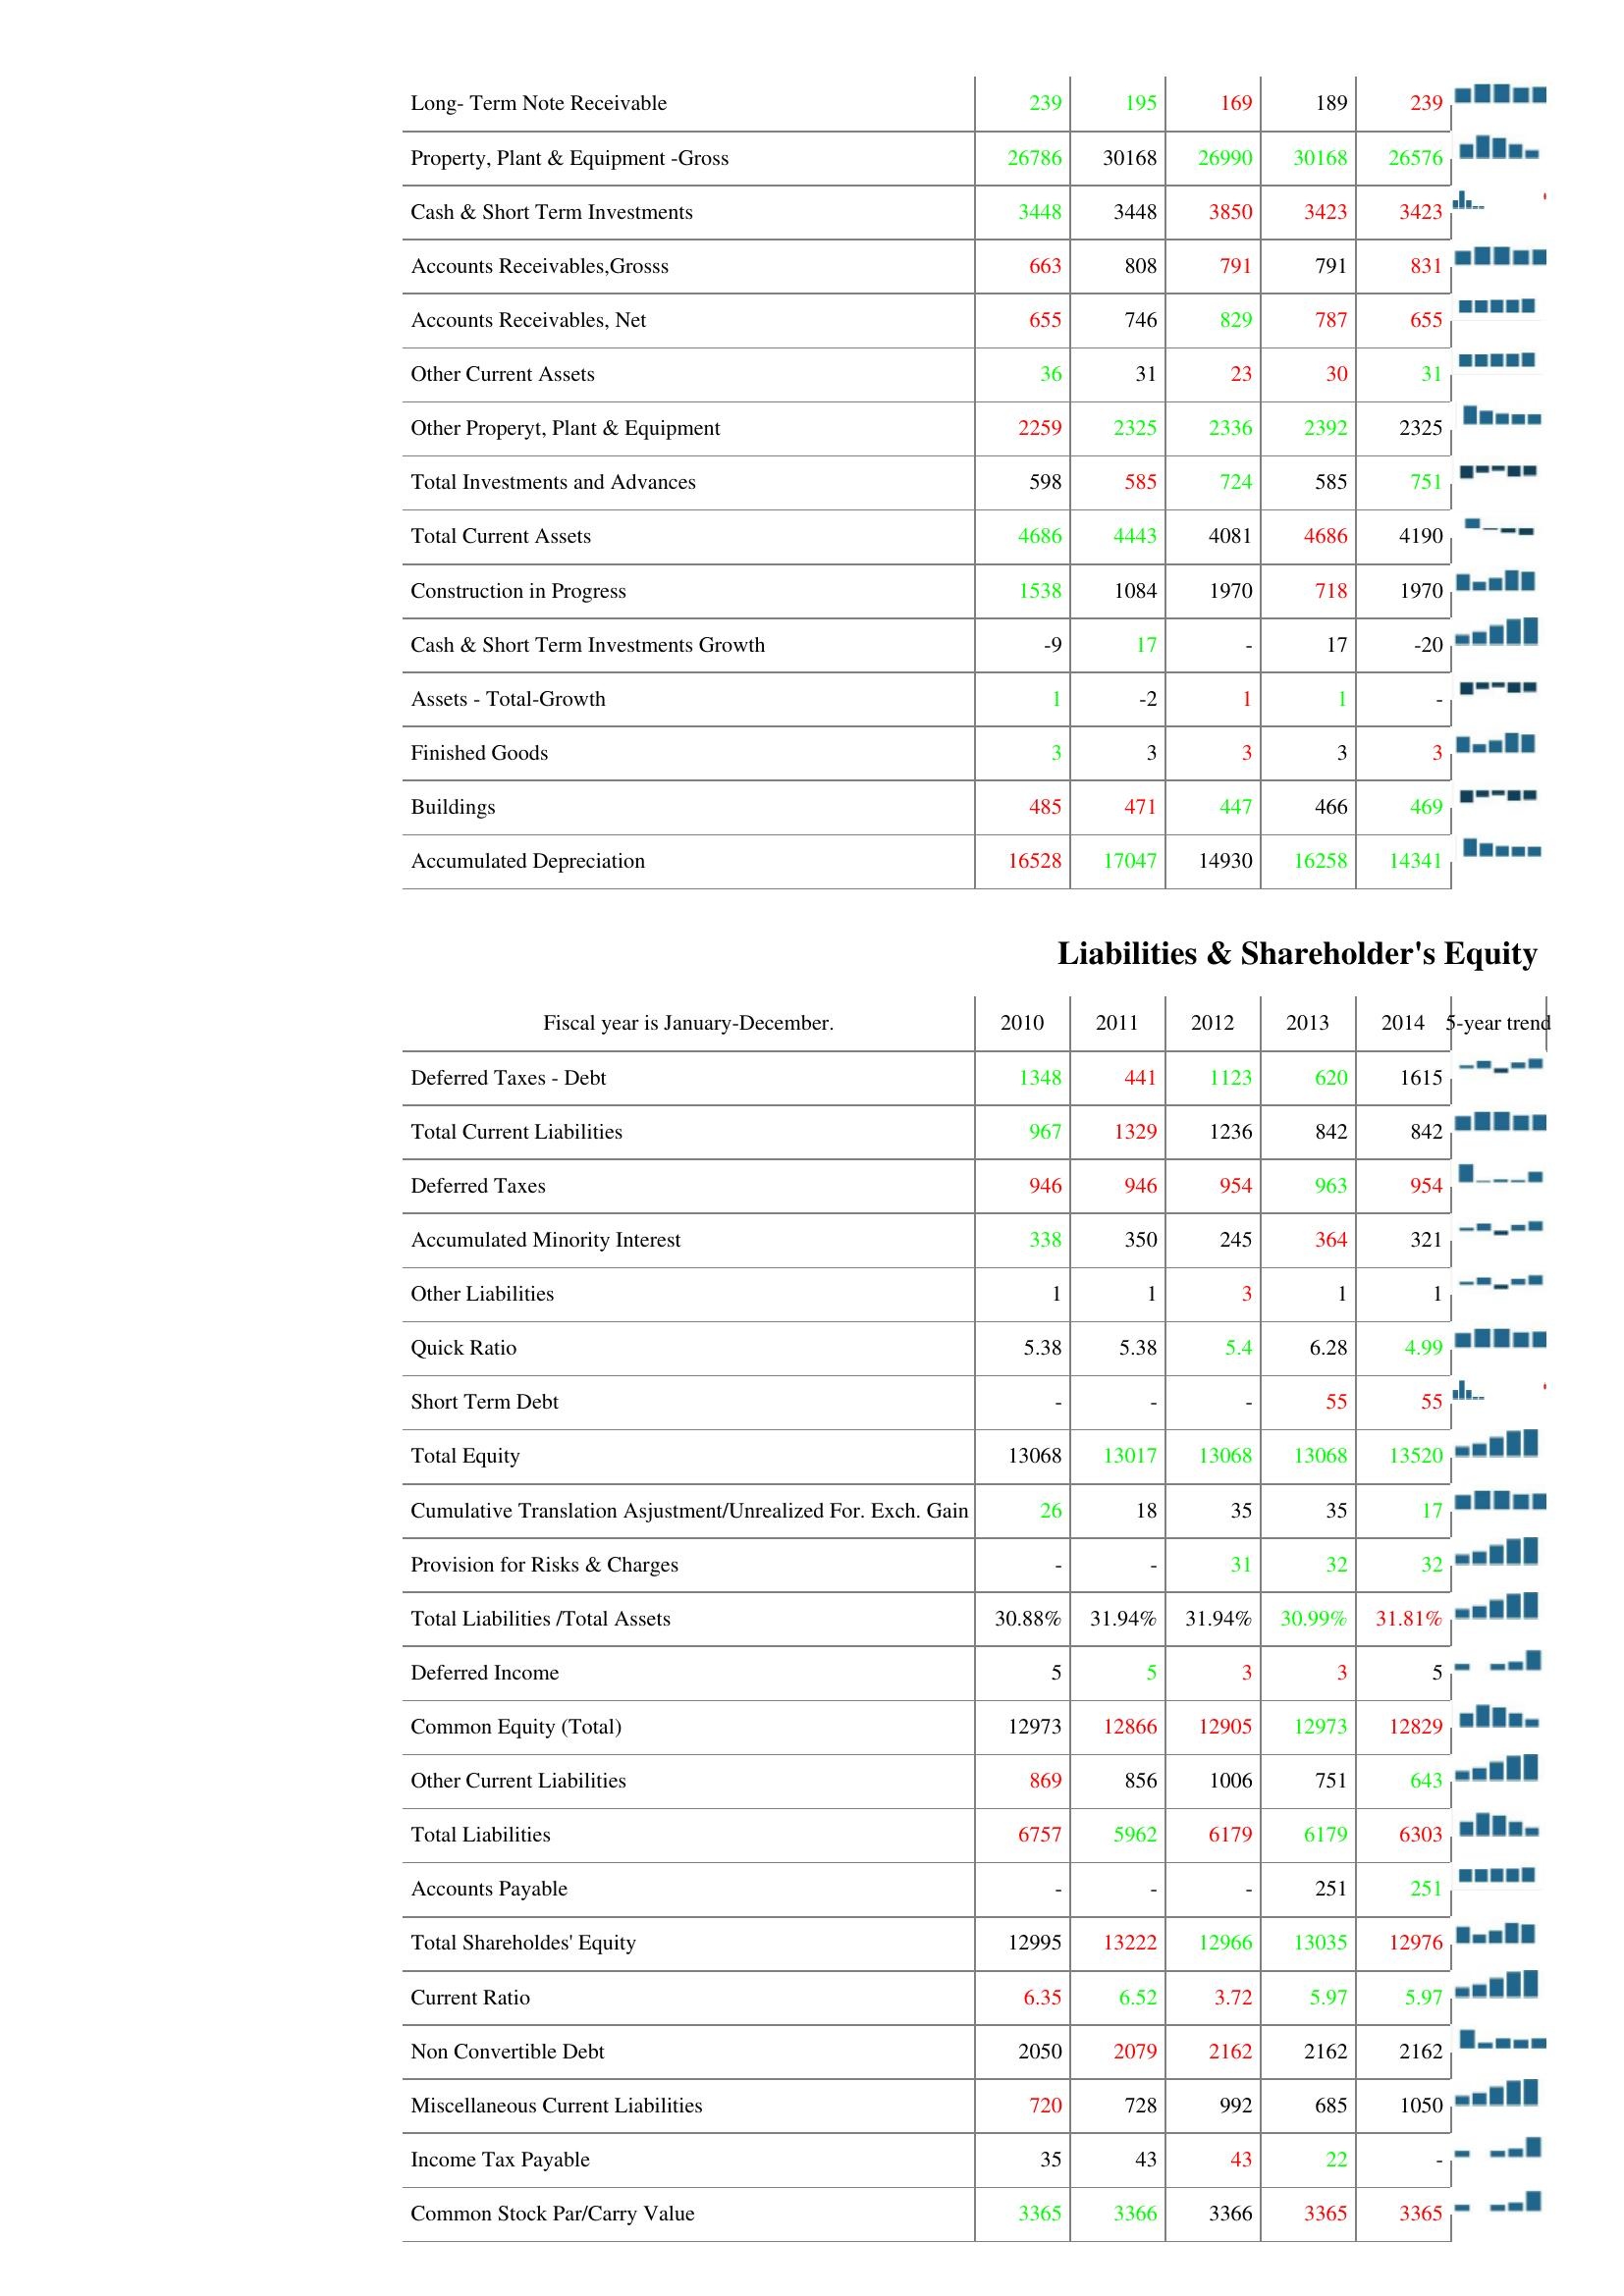
2010: Assets: Long- Term Note Receivable: 239
Property, Plant & Equipment -Gross: 26786
Cash & Short Term Investments: 3448
Accounts Receivables,Grosss: 663
Accounts Receivables, Net: 655
Other Current Assets: 36
Other Properyt, Plant & Equipment: 2259
Total Investments and Advances: 598
Total Current Assets: 4686
Construction in Progress: 1538
Cash & Short Term Investments Growth: -9
Assets - Total-Growth: 1
Finished Goods: 3
Buildings: 485
Accumulated Depreciation: 16528
Liabilities & Shareholder's Equity: Deferred Taxes - Debt: 1348
Total Current Liabilities: 967
Deferred Taxes: 946
Accumulated Minority Interest: 338
Other Liabilities: 1
Quick Ratio: 5.38
Short Term Debt: -
Total Equity: 13068
Cumulative Translation Asjustment/Unrealized For. Exch. Gain: 26
Provision for Risks & Charges: -
Total Liabilities /Total Assets: 30.88%
Deferred Income: 5
Common Equity (Total): 12973
Other Current Liabilities: 869
Total Liabilities: 6757
Accounts Payable: -
Total Shareholdes' Equity: 12995
Current Ratio: 6.35
Non Convertible Debt: 2050
Miscellaneous Current Liabilities: 720
Income Tax Payable: 35
Common Stock Par/Carry Value: 3365
2011: Assets: Long- Term Note Receivable: 195
Property, Plant & Equipment -Gross: 30168
Cash & Short Term Investments: 3448
Accounts Receivables,Grosss: 808
Accounts Receivables, Net: 746
Other Current Assets: 31
Other Properyt, Plant & Equipment: 2325
Total Investments and Advances: 585
Total Current Assets: 4443
Construction in Progress: 1084
Cash & Short Term Investments Growth: 17
Assets - Total-Growth: -2
Finished Goods: 3
Buildings: 471
Accumulated Depreciation: 17047
Liabilities & Shareholder's Equity: Deferred Taxes - Debt: 441
Total Current Liabilities: 1329
Deferred Taxes: 946
Accumulated Minority Interest: 350
Other Liabilities: 1
Quick Ratio: 5.38
Short Term Debt: -
Total Equity: 13017
Cumulative Translation Asjustment/Unrealized For. Exch. Gain: 18
Provision for Risks & Charges: -
Total Liabilities /Total Assets: 31.94%
Deferred Income: 5
Common Equity (Total): 12866
Other Current Liabilities: 856
Total Liabilities: 5962
Accounts Payable: -
Total Shareholdes' Equity: 13222
Current Ratio: 6.52
Non Convertible Debt: 2079
Miscellaneous Current Liabilities: 728
Income Tax Payable: 43
Common Stock Par/Carry Value: 3366
2012: Assets: Long- Term Note Receivable: 169
Property, Plant & Equipment -Gross: 26990
Cash & Short Term Investments: 3850
Accounts Receivables,Grosss: 791
Accounts Receivables, Net: 829
Other Current Assets: 23
Other Properyt, Plant & Equipment: 2336
Total Investments and Advances: 724
Total Current Assets: 4081
Construction in Progress: 1970
Cash & Short Term Investments Growth: -
Assets - Total-Growth: 1
Finished Goods: 3
Buildings: 447
Accumulated Depreciation: 14930
Liabilities & Shareholder's Equity: Deferred Taxes - Debt: 1123
Total Current Liabilities: 1236
Deferred Taxes: 954
Accumulated Minority Interest: 245
Other Liabilities: 3
Quick Ratio: 5.4
Short Term Debt: -
Total Equity: 13068
Cumulative Translation Asjustment/Unrealized For. Exch. Gain: 35
Provision for Risks & Charges: 31
Total Liabilities /Total Assets: 31.94%
Deferred Income: 3
Common Equity (Total): 12905
Other Current Liabilities: 1006
Total Liabilities: 6179
Accounts Payable: -
Total Shareholdes' Equity: 12966
Current Ratio: 3.72
Non Convertible Debt: 2162
Miscellaneous Current Liabilities: 992
Income Tax Payable: 43
Common Stock Par/Carry Value: 3366
2013: Assets: Long- Term Note Receivable: 189
Property, Plant & Equipment -Gross: 30168
Cash & Short Term Investments: 3423
Accounts Receivables,Grosss: 791
Accounts Receivables, Net: 787
Other Current Assets: 30
Other Properyt, Plant & Equipment: 2392
Total Investments and Advances: 585
Total Current Assets: 4686
Construction in Progress: 718
Cash & Short Term Investments Growth: 17
Assets - Total-Growth: 1
Finished Goods: 3
Buildings: 466
Accumulated Depreciation: 16258
Liabilities & Shareholder's Equity: Deferred Taxes - Debt: 620
Total Current Liabilities: 842
Deferred Taxes: 963
Accumulated Minority Interest: 364
Other Liabilities: 1
Quick Ratio: 6.28
Short Term Debt: 55
Total Equity: 13068
Cumulative Translation Asjustment/Unrealized For. Exch. Gain: 35
Provision for Risks & Charges: 32
Total Liabilities /Total Assets: 30.99%
Deferred Income: 3
Common Equity (Total): 12973
Other Current Liabilities: 751
Total Liabilities: 6179
Accounts Payable: 251
Total Shareholdes' Equity: 13035
Current Ratio: 5.97
Non Convertible Debt: 2162
Miscellaneous Current Liabilities: 685
Income Tax Payable: 22
Common Stock Par/Carry Value: 3365
2014: Assets: Long- Term Note Receivable: 239
Property, Plant & Equipment -Gross: 26576
Cash & Short Term Investments: 3423
Accounts Receivables,Grosss: 831
Accounts Receivables, Net: 655
Other Current Assets: 31
Other Properyt, Plant & Equipment: 2325
Total Investments and Advances: 751
Total Current Assets: 4190
Construction in Progress: 1970
Cash & Short Term Investments Growth: -20
Assets - Total-Growth: -
Finished Goods: 3
Buildings: 469
Accumulated Depreciation: 14341
Liabilities & Shareholder's Equity: Deferred Taxes - Debt: 1615
Total Current Liabilities: 842
Deferred Taxes: 954
Accumulated Minority Interest: 321
Other Liabilities: 1
Quick Ratio: 4.99
Short Term Debt: 55
Total Equity: 13520
Cumulative Translation Asjustment/Unrealized For. Exch. Gain: 17
Provision for Risks & Charges: 32
Total Liabilities /Total Assets: 31.81%
Deferred Income: 5
Common Equity (Total): 12829
Other Current Liabilities: 643
Total Liabilities: 6303
Accounts Payable: 251
Total Shareholdes' Equity: 12976
Current Ratio: 5.97
Non Convertible Debt: 2162
Miscellaneous Current Liabilities: 1050
Income Tax Payable: -
Common Stock Par/Carry Value: 3365